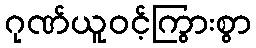
ဂုဏ်ယူဝင့်ကြွားစွာ